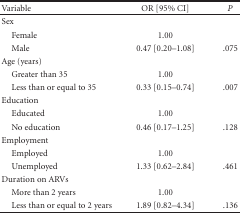
| Variable | OR [95% CI] | P |
 | --- | --- | --- |
 | Sex |  |  |
 | Female | 1.00 |  |
 | Male | 0.47 [0.20–1.08] | .075 |
 | Age (years) |  |  |
 | Greater than 35 | 1.00 |  |
 | Less than or equal to 35 | 0.33 [0.15–0.74] | .007 |
 | Education |  |  |
 | Educated | 1.00 |  |
 | No education | 0.46 [0.17–1.25] | .128 |
 | Employment |  |  |
 | Employed | 1.00 |  |
 | Unemployed | 1.33 [0.62–2.84] | .461 |
 | Duration on ARVs |  |  |
 | More than 2 years | 1.00 |  |
 | Less than or equal to 2 years | 1.89 [0.82–4.34] | .136 |